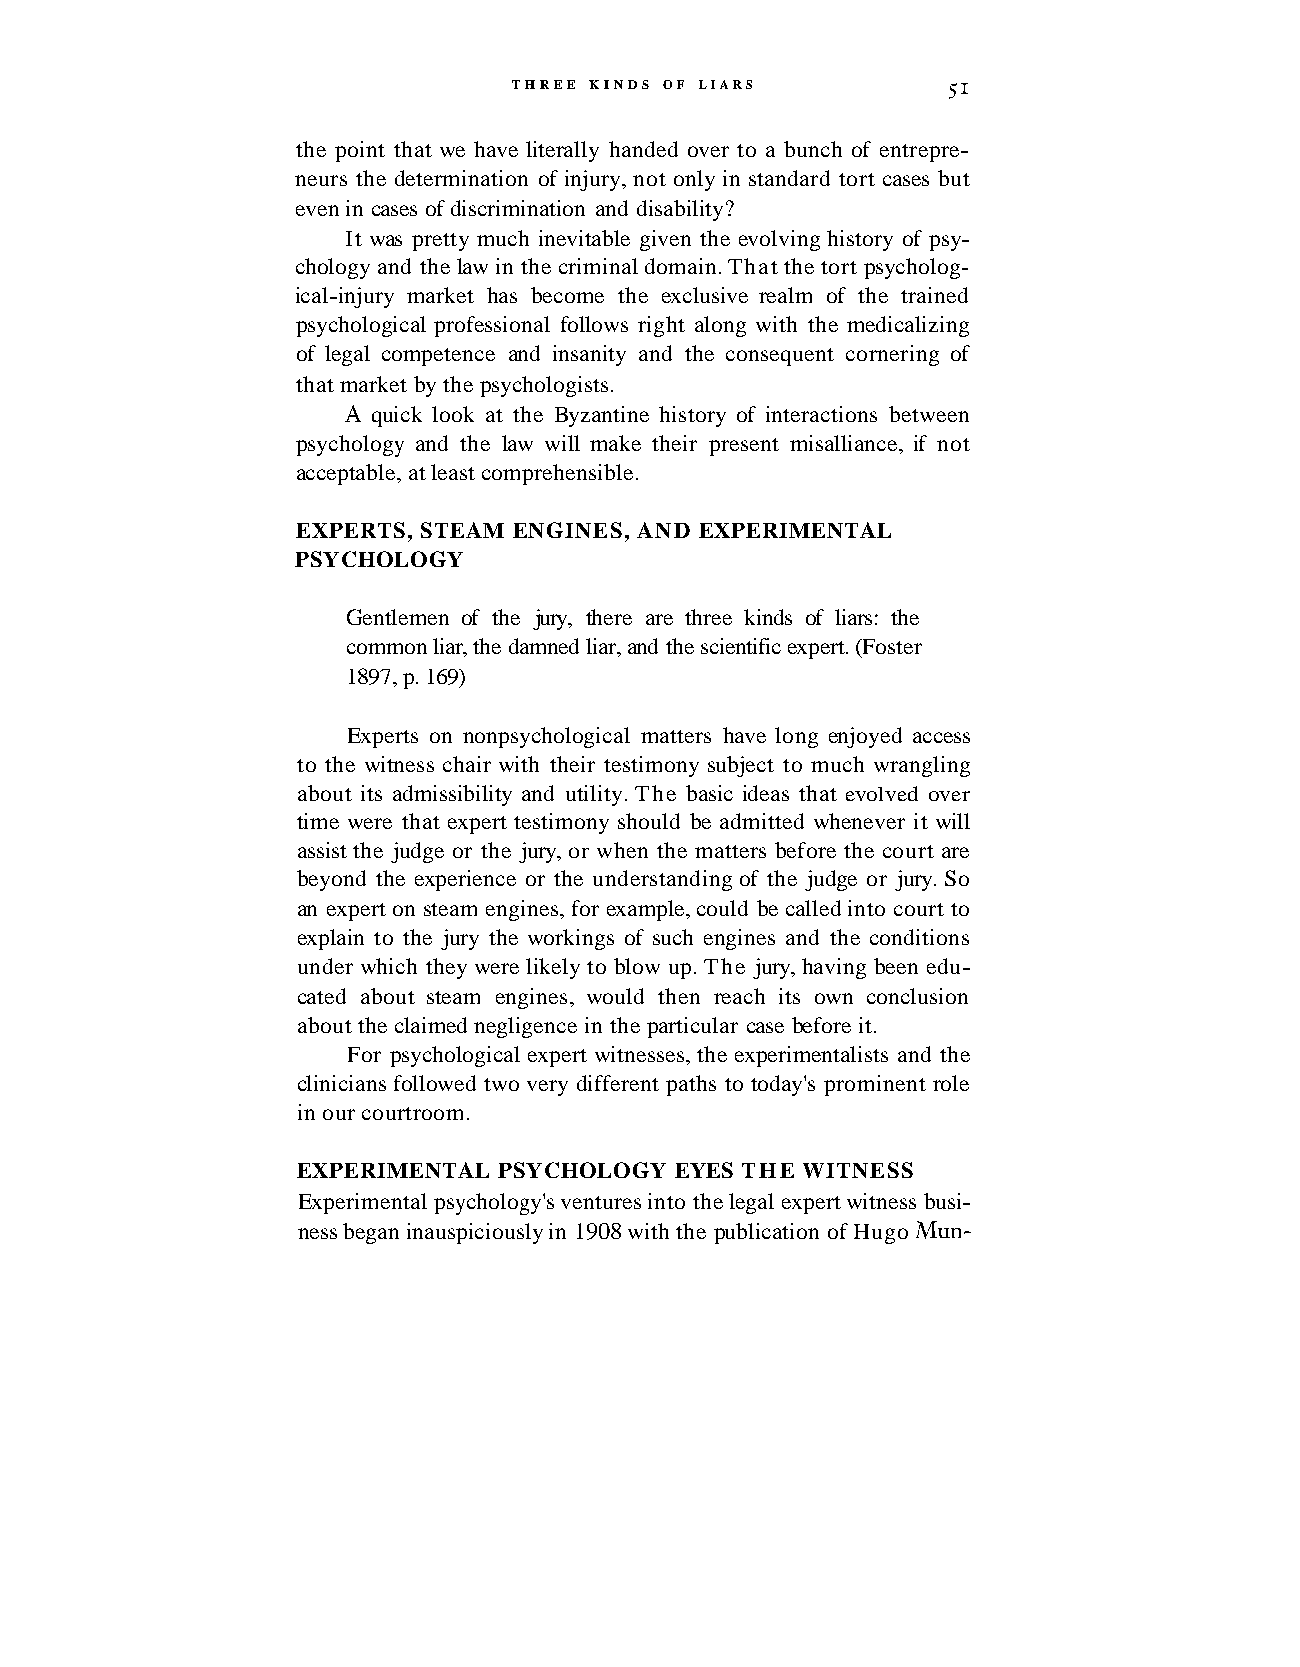
THREE KINDS OF LIARS         5 1
 the point that we have literally handed over to a bunch of entrepre-
 neurs the determination of injury, not only in standard tort cases but
 even in cases of discrimination and disability?
 It was pretty much inevitable given the evolving history of psy-
 chology and the law in the criminal domain. That the tort psycholog-
 ical-injury market has become the exclusive realm of the trained
 psychological professional follows right along with the medicalizing
 of legal competence and insanity and the consequent cornering of
 that market by the psychologists.
 A quick look at the Byzantine history of interactions between
 psychology and the law will make their present misalliance, if not
 acceptable, at least comprehensible.
 EXPERTS, STEAM ENGINES, AND EXPERIMENTAL
 PSYCHOLOGY
 Gentlemen of the jury, there are three kinds of liars: the
 common liar, the damned liar, and the scientific expert. (Foster
 1897, p. 169)
 Experts on nonpsychological matters have long enjoyed access
 to the witness chair with their testimony subject to much wrangling
 about its admissibility and utility. The basic ideas that evolved over
 time were that expert testimony should be admitted whenever it will
 assist the judge or the jury, or when the matters before the court are
 beyond the experience or the understanding of the judge or jury. So
 an expert on steam engines, for example, could be called into court to
 explain to the jury the workings of such engines and the conditions
 under which they were likely to blow up. The jury, having been edu-
 cated about steam engines, would then reach its own conclusion
 about the claimed negligence in the particular case before it.
 For psychological expert witnesses, the experimentalists and the
 clinicians followed two very different paths to today's prominent role
 in our courtroom.
 EXPERIMENTAL PSYCHOLOGY  EYES THE WITNESS
 Experimental psychology's ventures into the legal expert witness busi-
 ness began inauspiciously in 1908 with the publication of Hugo Mun-